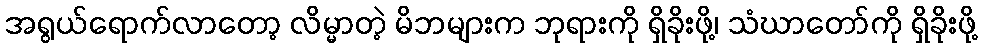
အရွယ်ရောက်လာတော့ လိမ္မာတဲ့ မိဘများက ဘုရားကို ရှိခိုးဖို့၊ သံဃာတော်ကို ရှိခိုးဖို့